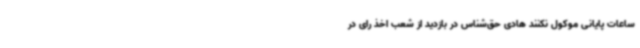
ساعات پایانی موکول نکنند هادی حق‌شناس در بازدید از شعب اخذ رای در